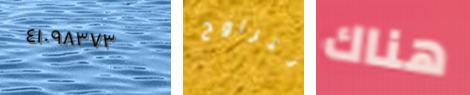
٤١٠٩٨٣٧٣ تتراوح هناك